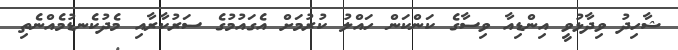
ޝާހިދު ވިދާޅުވީ އިންޑިއާ ވިސާގެ ކަންކަން ހައްލު ކުރުމަށް އެގައުމުގެ ސަރުކާރާއި މެދުކެނޑުމެއްނެތި